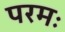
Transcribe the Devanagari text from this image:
परमः